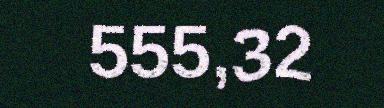
555,32